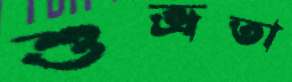
শুভ্রতা